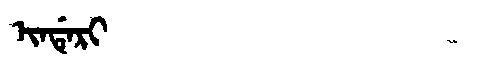
Manchu: ᡳᠨᡩᡝᡵᡳ
Romanization: INDERI